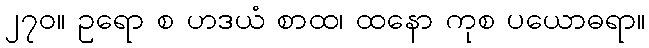
၂၇၀။ ဥရော စ ဟဒယံ စာထ၊ ထနော ကုစ ပယောဓရာ။